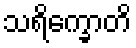
သရိက္ခောတိ